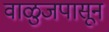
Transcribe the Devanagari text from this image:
वाळुजपासून